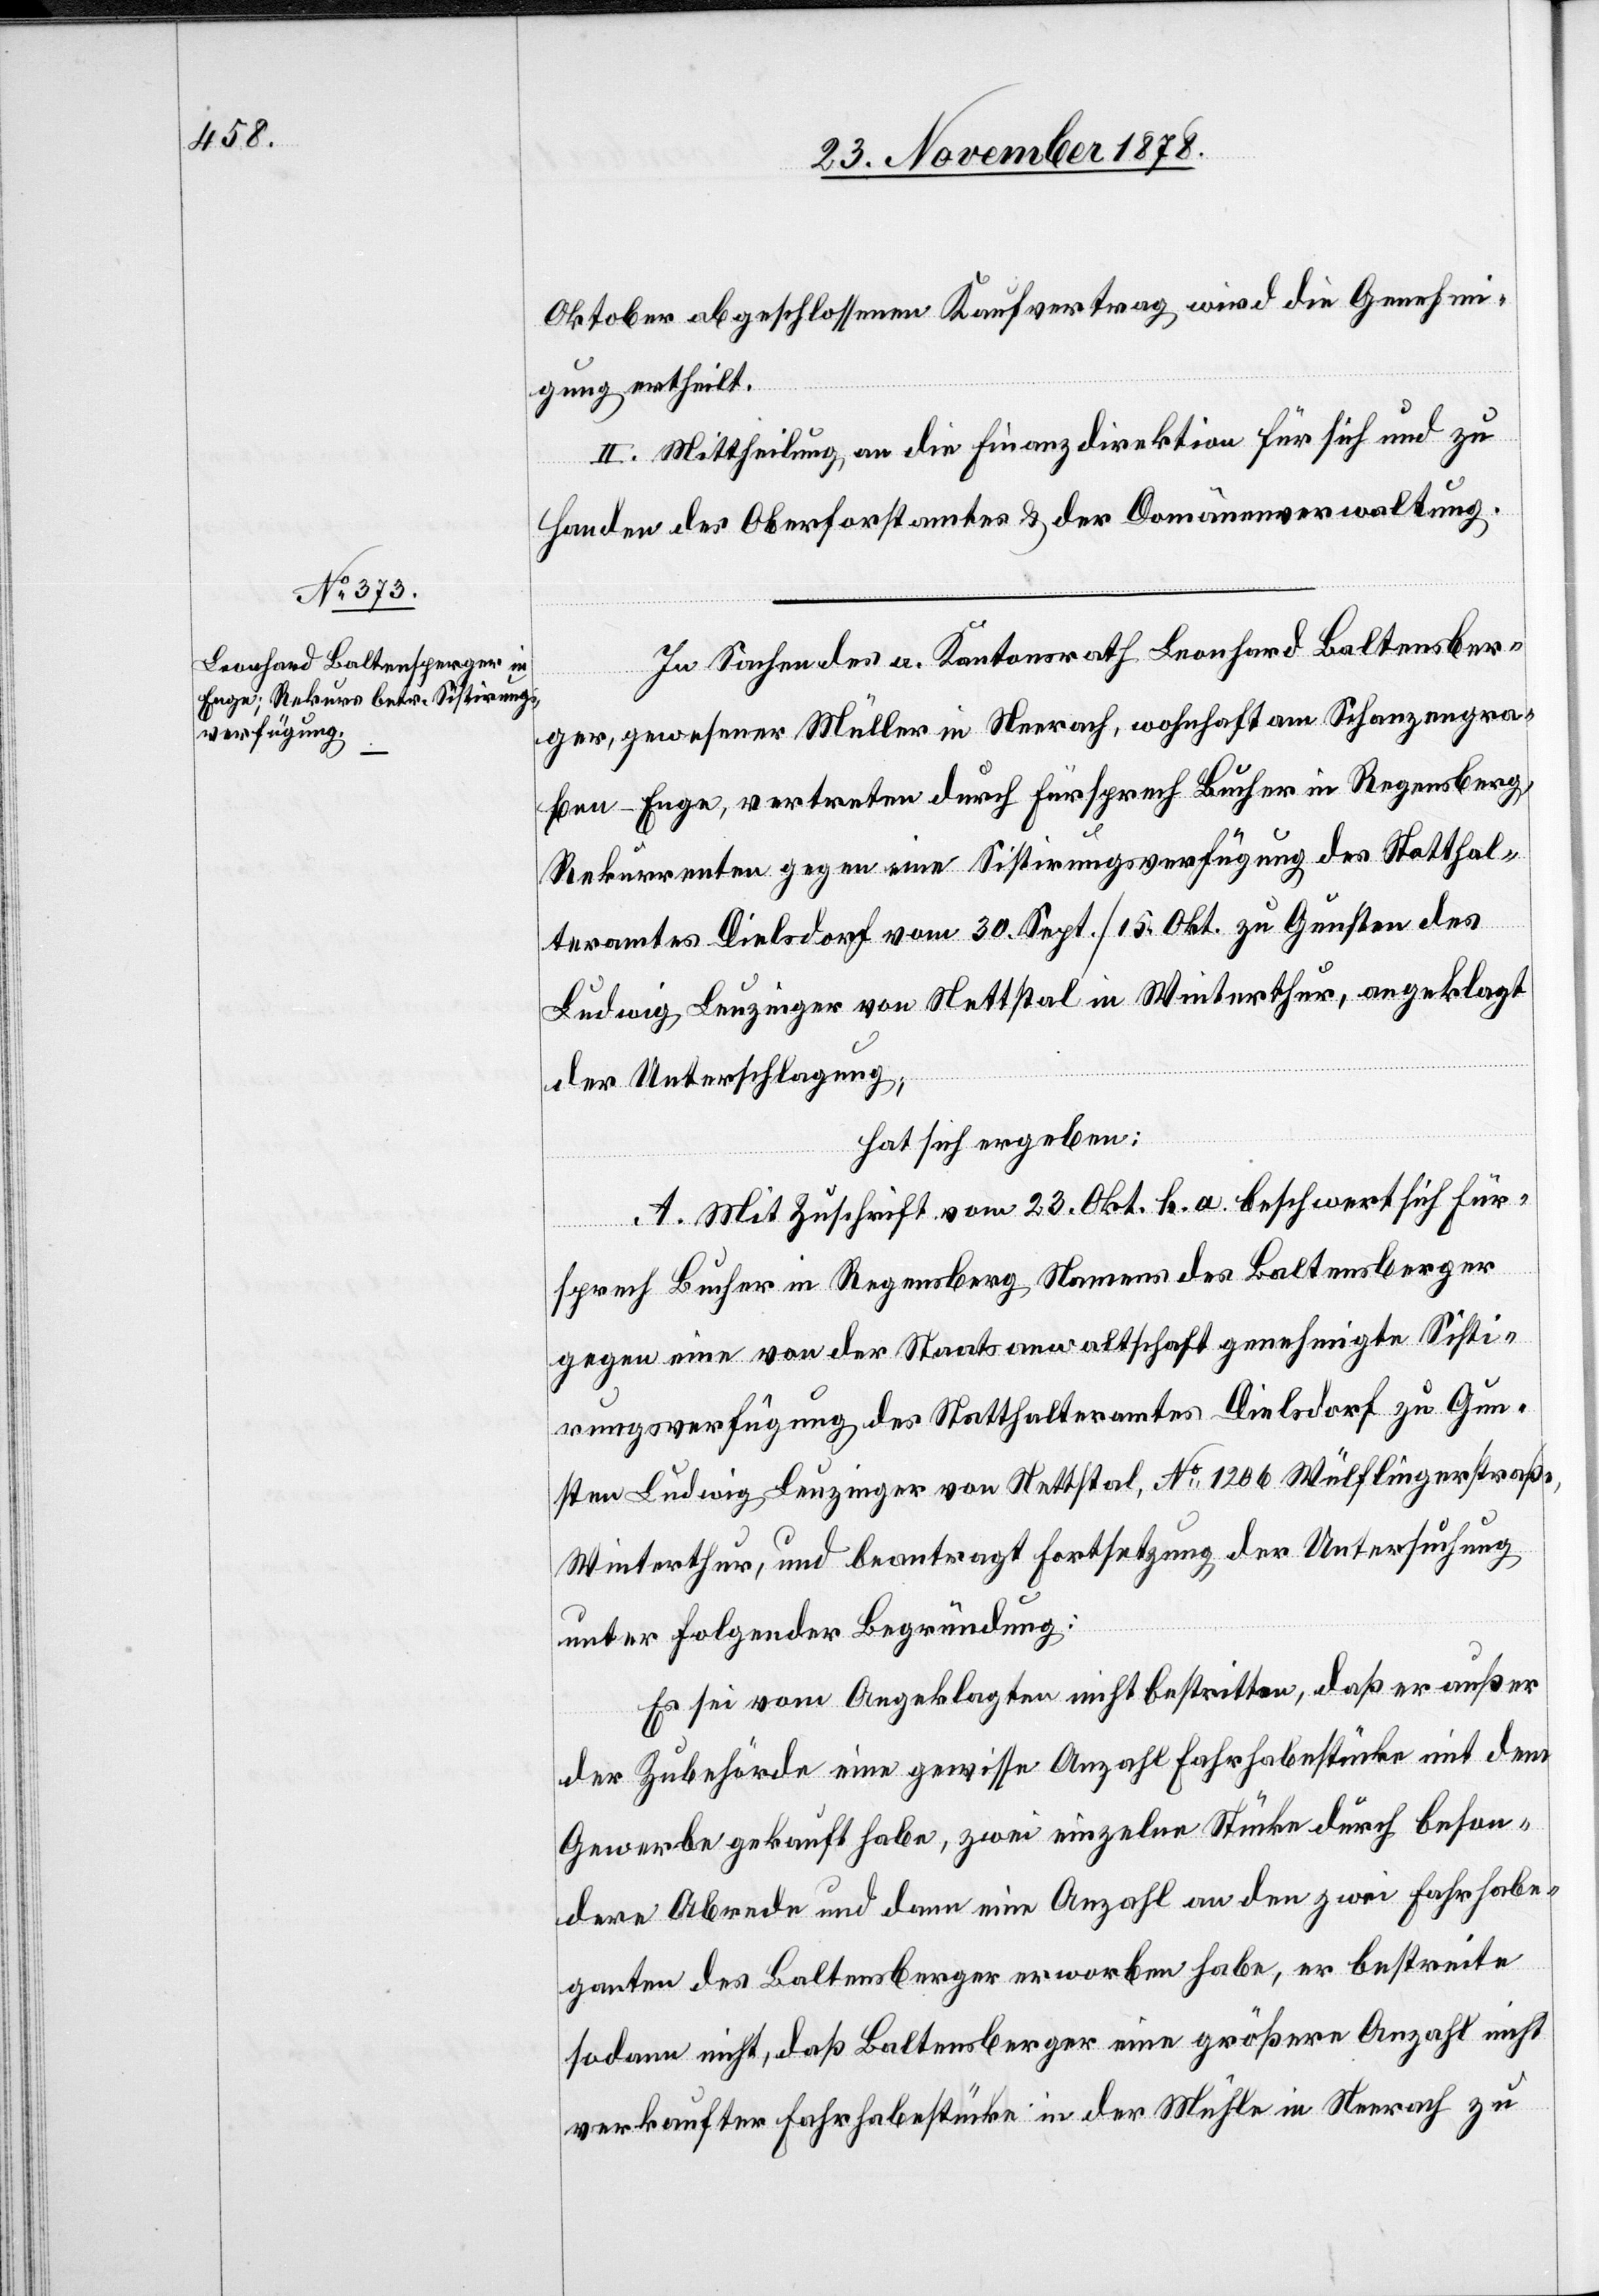
Oktober abgeschlossenen Kaufvertrag wird die Genehmi¬
gung ertheilt.
II. Mittheilung an die Finanzdirektion für sich und zu
Handen des Oberforstamtes & der Domänenverwaltung.